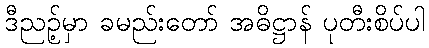
ဒီညဉ့်မှာ ခမည်းတော် အဓိဋ္ဌာန် ပုတီးစိပ်ပါ